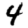
Digit: 4